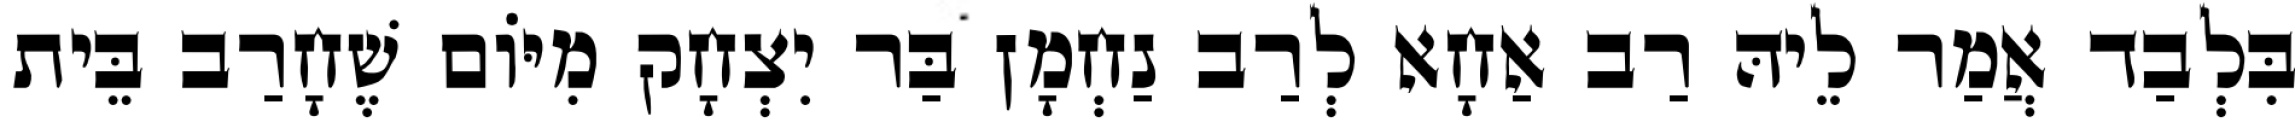
בִּלְבַד אֲמַר לֵיהּ רַב אַחָא לְרַב נַחְמָן בַּר יִצְחָק מִיּוֹם שֶׁחָרַב בֵּית